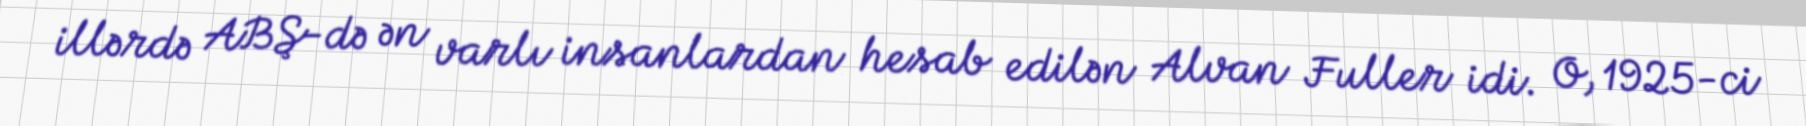
illərdə ABŞ-də ən varlı insanlardan hesab edilən Alvan Fuller idi. O, 1925-ci